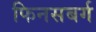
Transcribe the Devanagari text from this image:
फिनसबर्ग